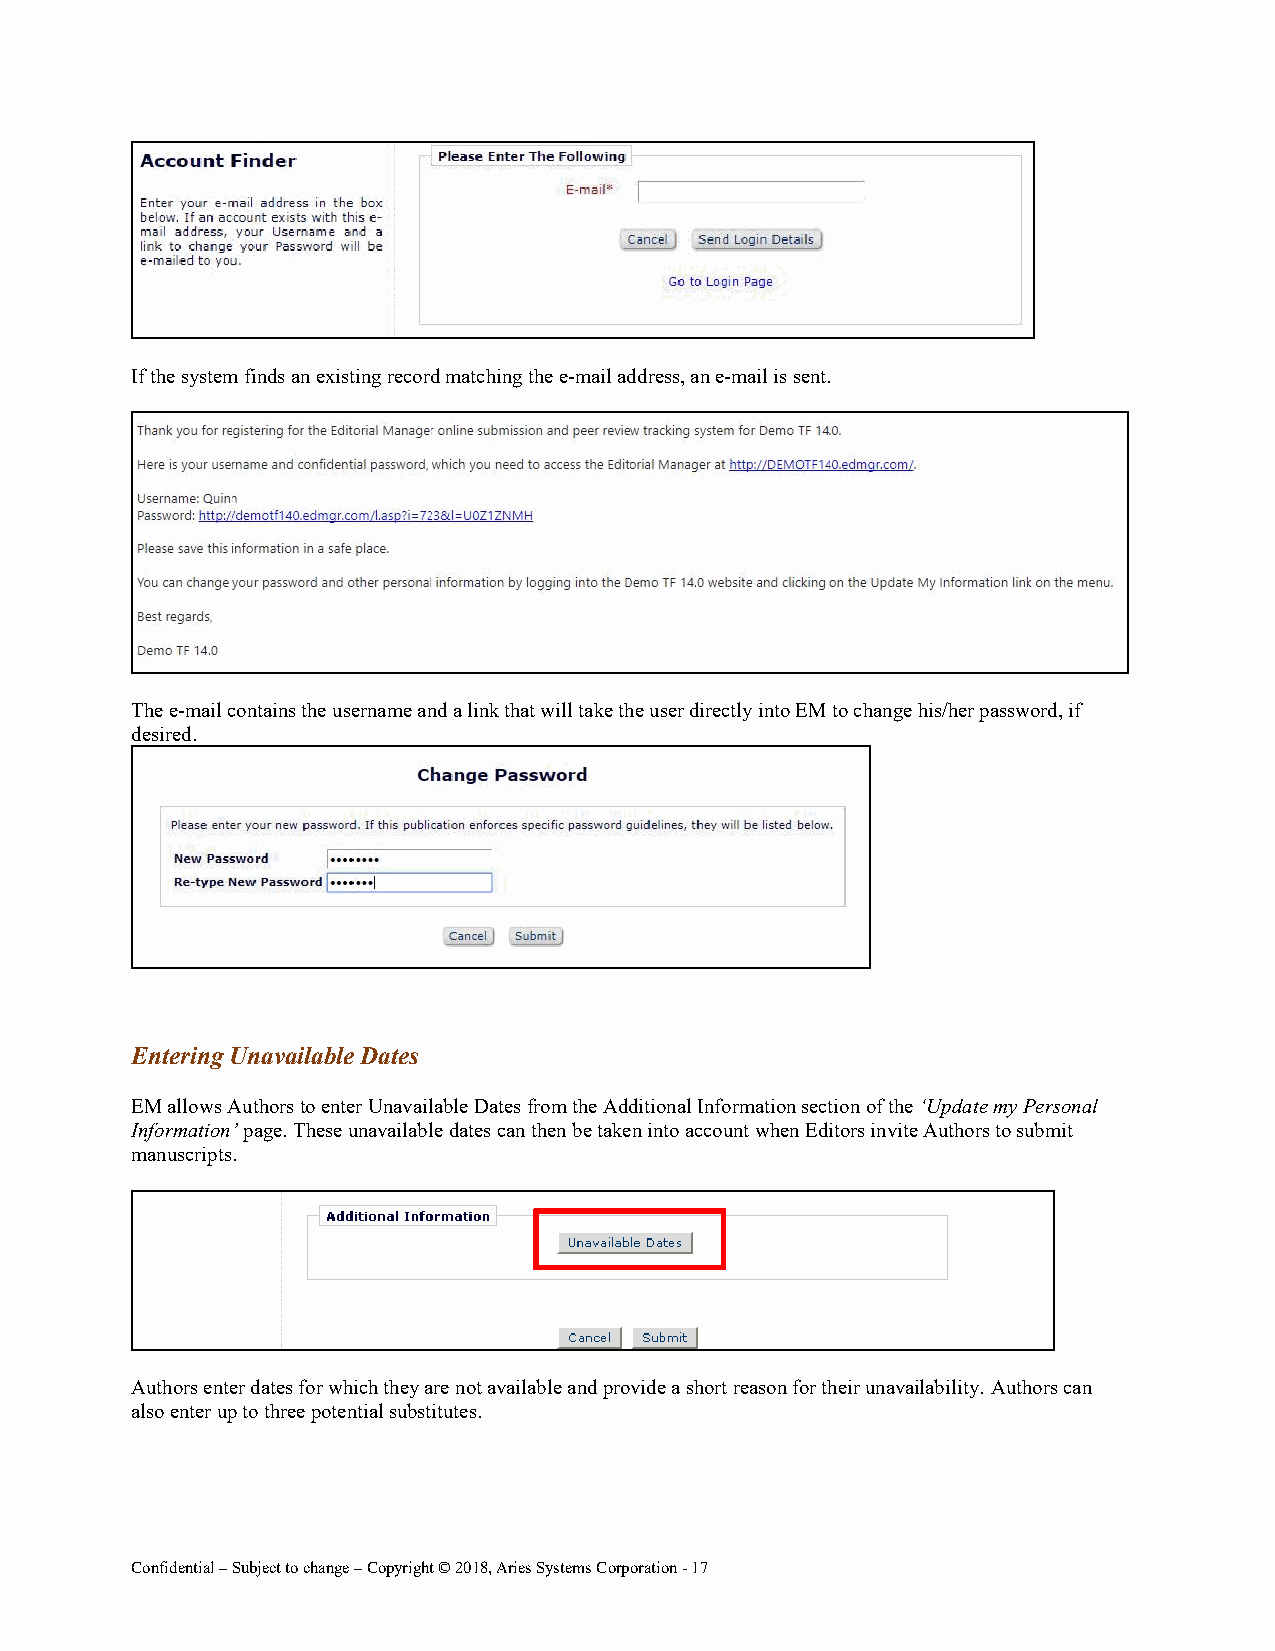
If the system finds an existing record matching the e-mail address, an e-mail is sent.
 The e-mail contains the username and a link that will take the user directly into EM to change his/her password, if
 desired.
 Entering Unavailable Dates
 EM allows Authors to enter Unavailable Dates from the Additional Information section of the ‘Update my Personal
 Information’ page. These unavailable dates can then be taken into account when Editors invite Authors to submit
 manuscripts.
 Authors enter dates for which they are not available and provide a short reason for their unavailability. Authors can
 also enter up to three potential substitutes.
 Confidential – Subject to change – Copyright © 2018, Aries Systems Corporation - 17